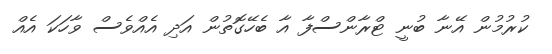
ކުރުމުން އޭނާ ބުނީ ޓްރާންސްފާ އާ ބެހޭގޮތުން އަދި އެއްވެސް ވާހަކަ އެއް